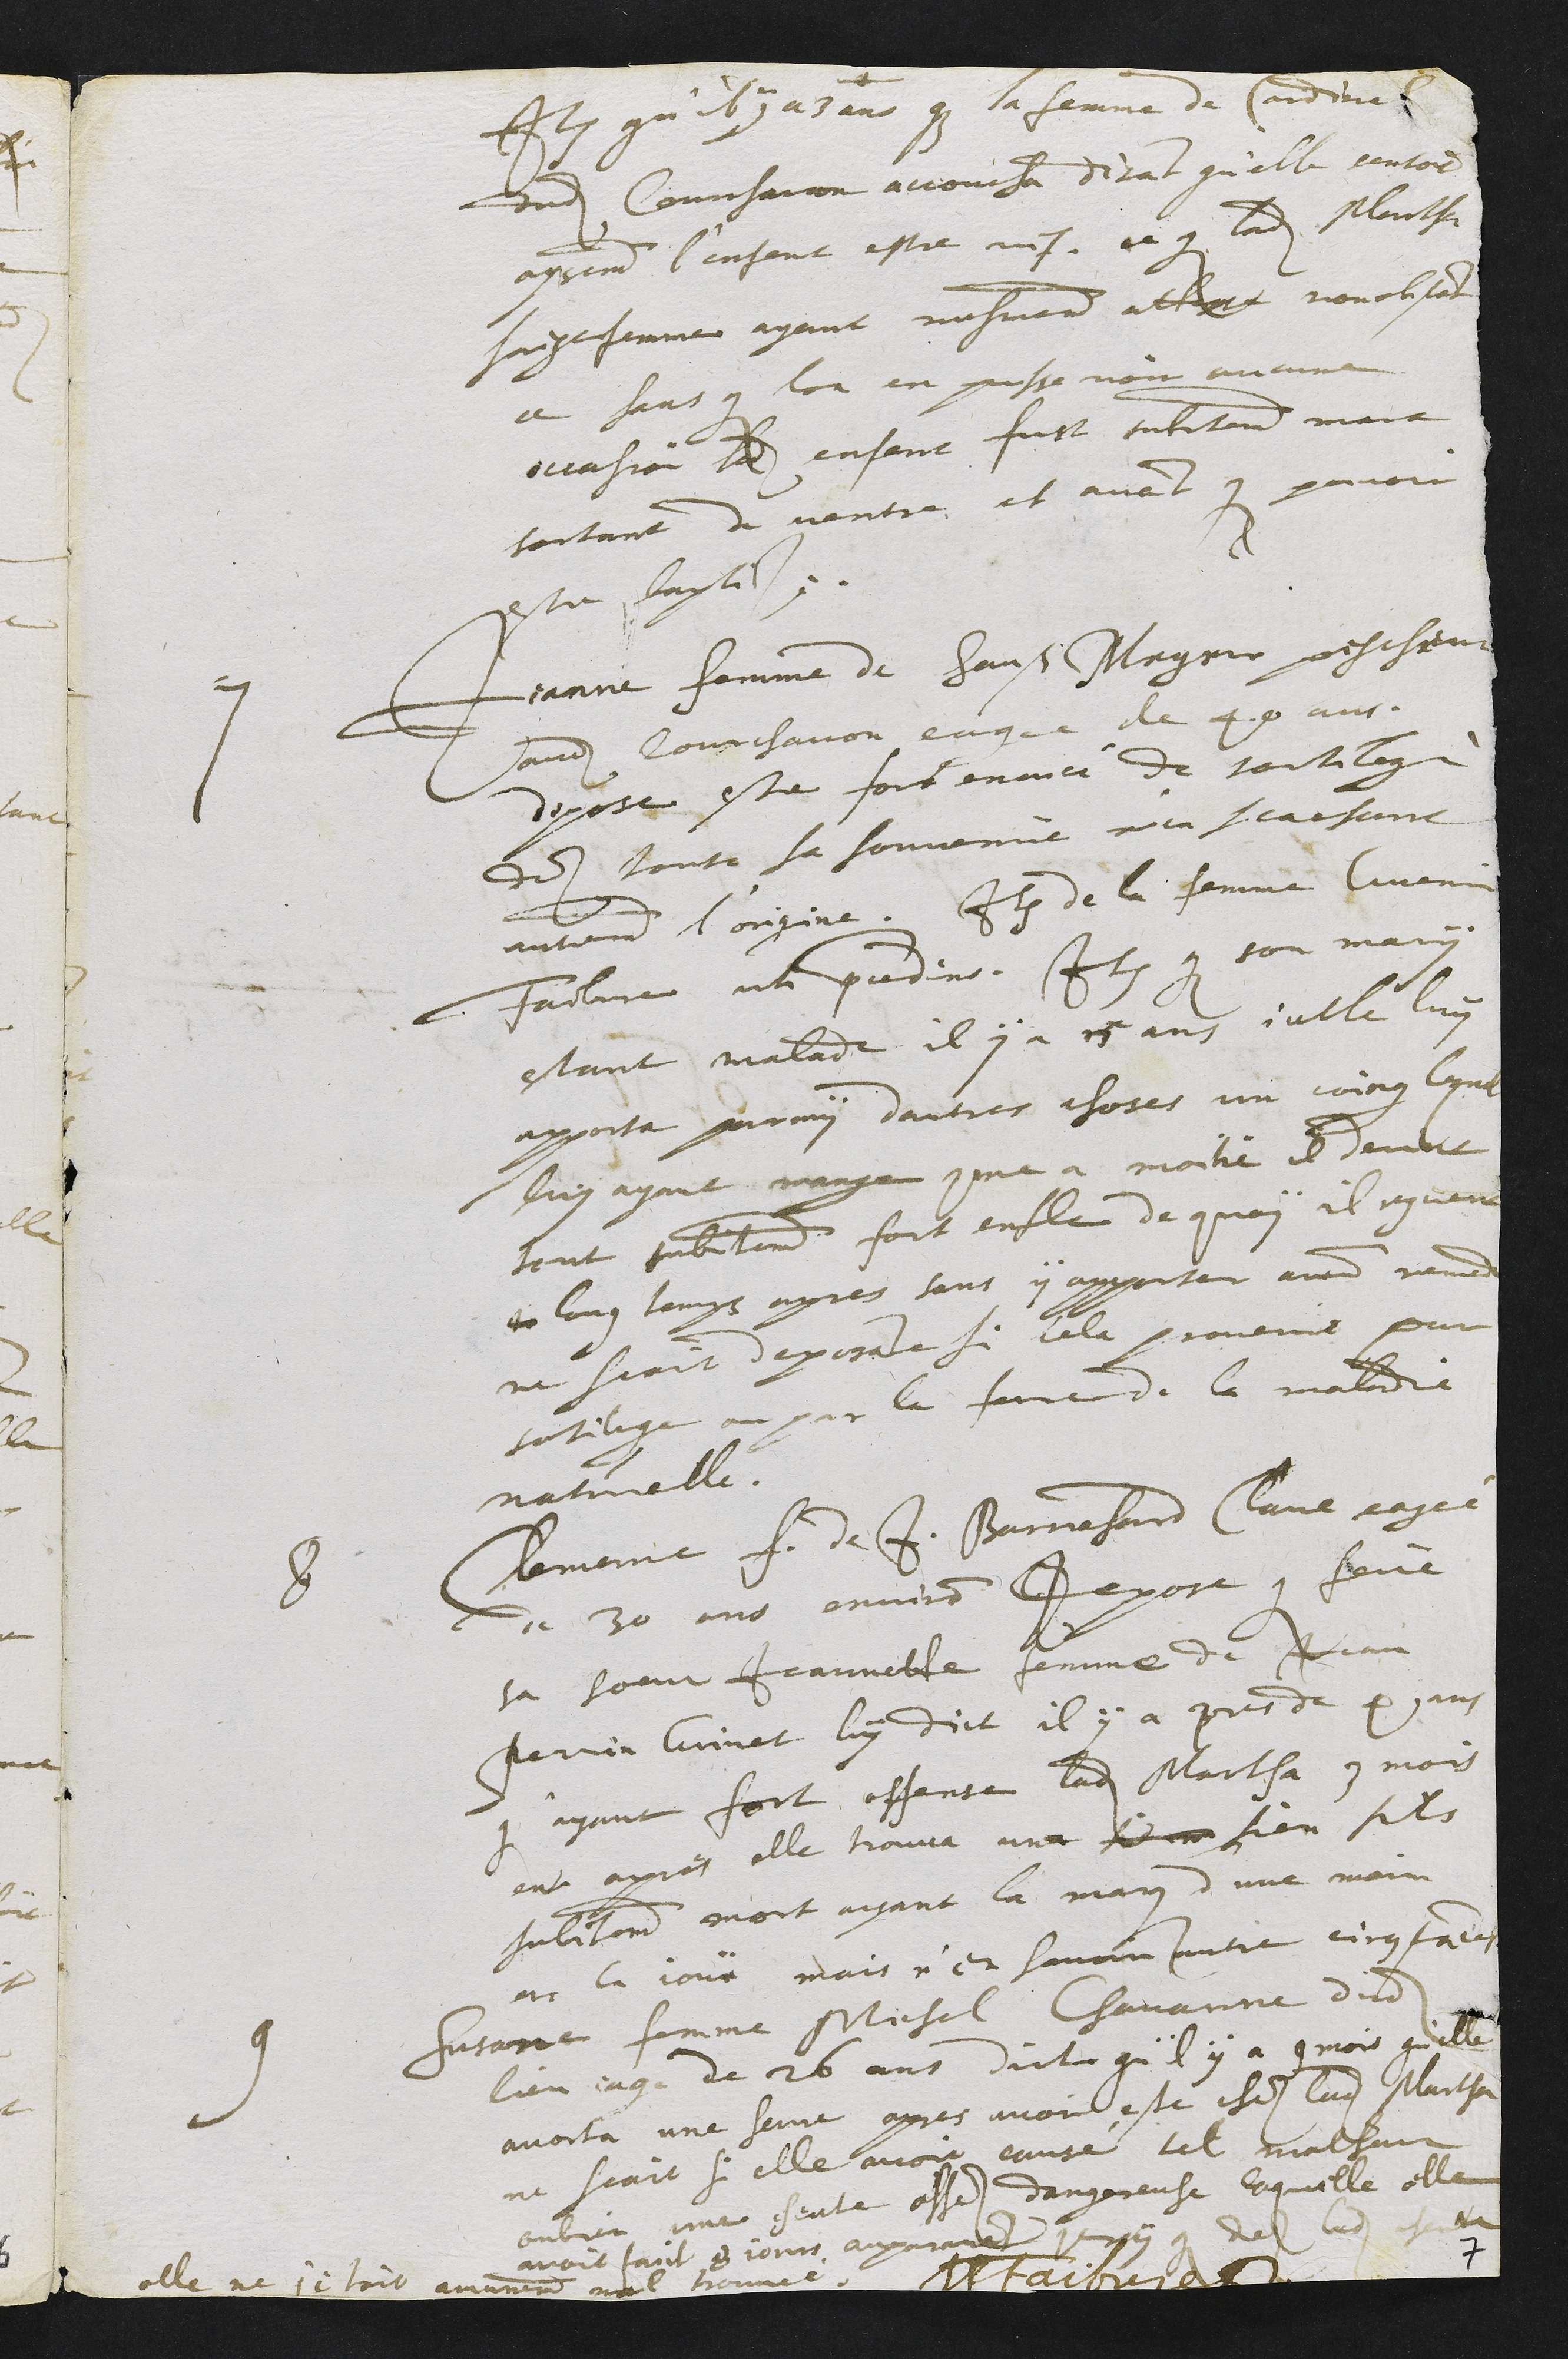
Item qu'il y a 3 ans que la femme de Cardinal
dudit Courchavon accoucha disant qu'elle sentoit
assurement l'enfant estre vif. ce que ladite Martha
saige femme ayant mesmement atteste nonobstant
ce sans que lon en puisse voir aucune
occasion ledit enfant fust subitement mort
sortant du ventre et avant que pouvoir
estre baptise.
7 Jeanne femme de Hans Meyer pescheur
audit Courchavon eagee de 40 ans
depose estre fort encriée de sortilege
dez toute sa souvenue n'en scachant
autrement l'origine. Item de la femme Guenin
Faibvre uti precedens. Item que son mary
estant malade il y a 15 ans icelle luy
apporta parmy dautres choses un coing lequel
luy ayant mange comme a moitie il devint
tout subitement fort enfle de quoy il reguerit
tr long temps apres sans y apporter aucun remede
ne scait deposante si cela provenoit par
sortilege ou par la force de la maladie
naturelle.
8 Clemence f. de J. Barnehard Clave eagée
de 30 ans environ depose que feue
sa soeur Jeannette femme de Jean
Perrin Grivet luy dict il y a pres de 4 ans
qu'ayant fort offense ladite Martha 3 mois
ent apres elle trouva une sienne sien fils
subitement mort ayant la marque d'une main
en la jouë mais n'en scavoir autre circonstances
9 Susane femme Michel Chavanne dudit
lieu eage de 26 ans dict qu'il y a 9 mois qu'elle
avorta une heure apres avoit este chez ladite Martha
ne scait si elle avoit causé tel malheur
ou bien une cheute assez dangereuse laquelle elle
avoit faict 8 jours auparavant quoy que des ladite cheutte
elle ne s'etoit aucunement mal trouvée.
JPFaibvre Dr